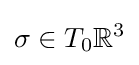
\sigma \in T_{0}\mathbb {R} ^{3}